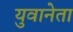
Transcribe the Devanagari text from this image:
युवानेता